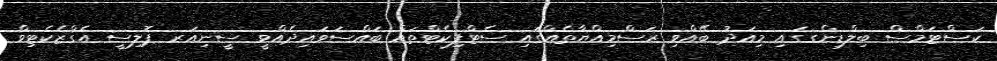
ކަސްޓަމްސް ބިލްޑިންގގައި މިއަދު ބޭއްވި ރަސްމިއްޔާތެއްގައި ސެޓްފިކެޓްތައް ބައްސަވައިދެއްވީ ސީނިއަރ ޕޮލިސީ އެގްޒެކެޓިވް